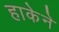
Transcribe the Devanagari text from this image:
हाकेने